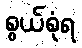
စွယ်စုံရ